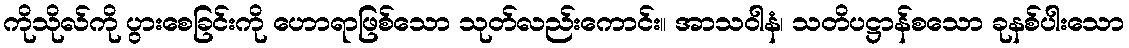
ကိုသိုလ်ကို ပွားစေခြင်းကို ဟောရာဖြစ်သော သုတ်လည်းကောင်း။ အာသဝါနံ၊ သတိပဋ္ဌာန်စသော ခုနစ်ပါးသော